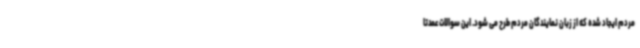
مردم ایجاد شده که از زبان نمایندگان مردم طرح می شود. این سوالات عمدتا